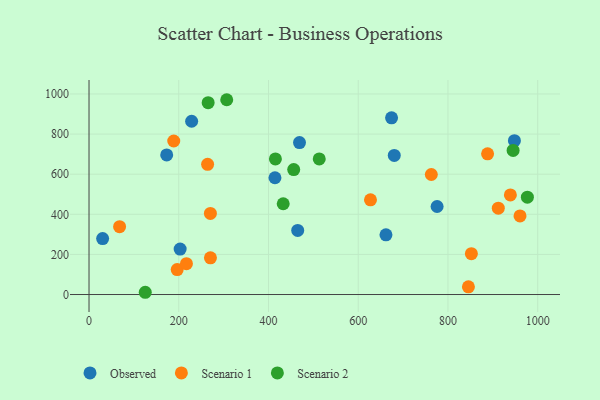
{"axis": {"x": "Speed", "y": "Yield"}, "legend": ["Observed", "Scenario 1", "Scenario 2"], "data": [{"x": "680.3", "y": 693.8, "type": "Observed"}, {"x": "661.8", "y": 297.6, "type": "Observed"}, {"x": "775.8", "y": 439.0, "type": "Observed"}, {"x": "469.1", "y": 757.4, "type": "Observed"}, {"x": "30.3", "y": 279.0, "type": "Observed"}, {"x": "228.7", "y": 863.9, "type": "Observed"}, {"x": "465.1", "y": 319.5, "type": "Observed"}, {"x": "173.1", "y": 696.3, "type": "Observed"}, {"x": "948.1", "y": 767.2, "type": "Observed"}, {"x": "203.1", "y": 226.8, "type": "Observed"}, {"x": "674.3", "y": 881.0, "type": "Observed"}, {"x": "414.4", "y": 582.2, "type": "Observed"}, {"x": "852.2", "y": 203.7, "type": "Scenario 1"}, {"x": "270.6", "y": 182.9, "type": "Scenario 1"}, {"x": "627.3", "y": 472.4, "type": "Scenario 1"}, {"x": "939.1", "y": 496.4, "type": "Scenario 1"}, {"x": "196.5", "y": 124.3, "type": "Scenario 1"}, {"x": "888.3", "y": 701.7, "type": "Scenario 1"}, {"x": "188.8", "y": 765.5, "type": "Scenario 1"}, {"x": "762.9", "y": 598.5, "type": "Scenario 1"}, {"x": "217.1", "y": 153.9, "type": "Scenario 1"}, {"x": "270.5", "y": 404.5, "type": "Scenario 1"}, {"x": "960.6", "y": 391.8, "type": "Scenario 1"}, {"x": "845.6", "y": 38.3, "type": "Scenario 1"}, {"x": "912.2", "y": 430.3, "type": "Scenario 1"}, {"x": "264.3", "y": 649.4, "type": "Scenario 1"}, {"x": "68.1", "y": 338.3, "type": "Scenario 1"}, {"x": "265.5", "y": 956.5, "type": "Scenario 2"}, {"x": "306.9", "y": 971.3, "type": "Scenario 2"}, {"x": "432.8", "y": 452.7, "type": "Scenario 2"}, {"x": "415.4", "y": 676.3, "type": "Scenario 2"}, {"x": "977.0", "y": 485.6, "type": "Scenario 2"}, {"x": "456.2", "y": 623.0, "type": "Scenario 2"}, {"x": "945.2", "y": 718.4, "type": "Scenario 2"}, {"x": "125.3", "y": 11.2, "type": "Scenario 2"}, {"x": "513.1", "y": 676.3, "type": "Scenario 2"}]}